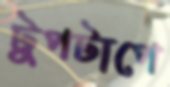
টুপটাপে